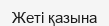
Жеті қазына